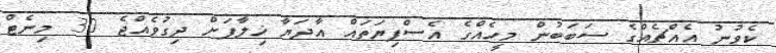
ކެވުނު އެއްޗެއްގެ ސަބަބުން މީހެއްގެ އެސްފިޔަތައް އާދަޔާ ޚިލާފަށް ދިގުވެއްޖެ 30 މިނެޓް